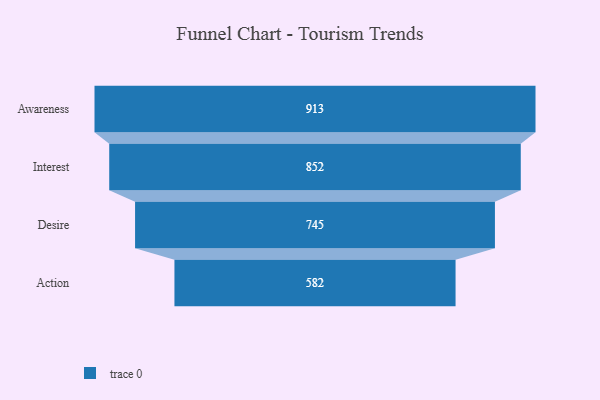
{"axis": {"x": "Stage", "y": "Value"}, "legend": [""], "data": [{"x": "Awareness", "y": 913.0, "type": ""}, {"x": "Interest", "y": 852.0, "type": ""}, {"x": "Desire", "y": 745.0, "type": ""}, {"x": "Action", "y": 582.0, "type": ""}]}